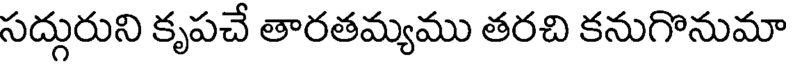
సద్గురుని కృపచే తారతమ్యము తరచి కనుగొనుమా